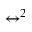
\leftrightarrow ^ { 2 }